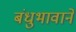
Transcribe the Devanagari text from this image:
बंधुभावाने